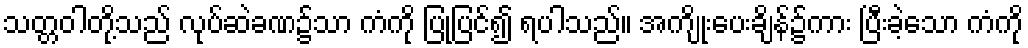
သတ္တဝါတို့သည် လုပ်ဆဲခဏ၌သာ ကံကို ပြုပြင်၍ ရပါသည်။ အကျိုးပေးချိန်၌ကား ပြီးခဲ့သော ကံကို